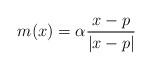
LaTeX: \begin{align*} m(x)=\alpha \frac{x-p}{|x-p|} \end{align*}